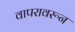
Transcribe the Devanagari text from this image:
वापरावरून